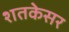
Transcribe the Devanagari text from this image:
शतकेसर